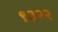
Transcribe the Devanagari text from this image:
९३२२